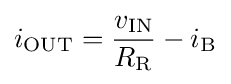
i_{\text{OUT}}={\frac {v_{\text{IN}}}{R_{\text{R}}}}-i_{\text{B}}